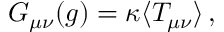
{ \cal G } _ { \mu \nu } ( g ) = \kappa \langle T _ { \mu \nu } \rangle \, ,